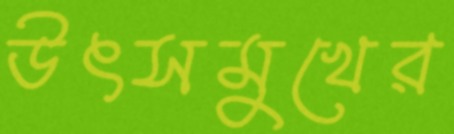
উৎসমুখের